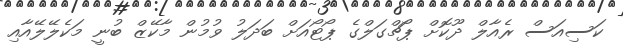
ކަސިއަސް ރެއާލް ދޫކޮށް ޕޯޗްގަލްގެ ޕޯޓޯއަށް ބަދަލު ވުމުން މާކޭޒް ބުނީ މަކެލޭލޭއާއި